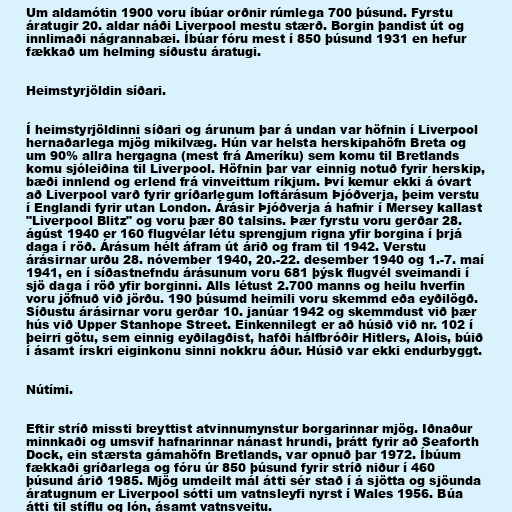
Um aldamótin 1900 voru íbúar orðnir rúmlega 700 þúsund. Fyrstu
áratugir 20. aldar náði Liverpool mestu stærð. Borgin þandist út og
innlimaði nágrannabæi. Íbúar fóru mest í 850 þúsund 1931 en hefur
fækkað um helming síðustu áratugi.

Heimstyrjöldin síðari.

Í heimstyrjöldinni síðari og árunum þar á undan var höfnin í Liverpool
hernaðarlega mjög mikilvæg. Hún var helsta herskipahöfn Breta og
um 90% allra hergagna (mest frá Ameríku) sem komu til Bretlands
komu sjóleiðina til Liverpool. Höfnin þar var einnig notuð fyrir herskip,
bæði innlend og erlend frá vinveittum ríkjum. Því kemur ekki á óvart
að Liverpool varð fyrir gríðarlegum loftárásum Þjóðverja, þeim verstu
í Englandi fyrir utan London. Árásir Þjóðverja á hafnir í Mersey kallast
"Liverpool Blitz" og voru þær 80 talsins. Þær fyrstu voru gerðar 28.
ágúst 1940 er 160 flugvélar létu sprengjum rigna yfir borgina í þrjá
daga í röð. Árásum hélt áfram út árið og fram til 1942. Verstu
árásirnar urðu 28. nóvember 1940, 20.-22. desember 1940 og 1.-7. maí
1941, en í síðastnefndu árásunum voru 681 þýsk flugvél sveimandi í
sjö daga í röð yfir borginni. Alls létust 2.700 manns og heilu hverfin
voru jöfnuð við jörðu. 190 þúsumd heimili voru skemmd eða eyðilögð.
Síðustu árásirnar voru gerðar 10. janúar 1942 og skemmdust við þær
hús við Upper Stanhope Street. Einkennilegt er að húsið við nr. 102 í
þeirri götu, sem einnig eyðilagðist, hafði hálfbróðir Hitlers, Alois, búið
í ásamt írskri eiginkonu sinni nokkru áður. Húsið var ekki endurbyggt.

Nútími.

Eftir stríð missti breyttist atvinnumynstur borgarinnar mjög. Iðnaður
minnkaði og umsvif hafnarinnar nánast hrundi, þrátt fyrir að Seaforth
Dock, ein stærsta gámahöfn Bretlands, var opnuð þar 1972. Íbúum
fækkaði gríðarlega og fóru úr 850 þúsund fyrir stríð niður í 460
þúsund árið 1985. Mjög umdeilt mál átti sér stað í á sjötta og sjöunda
áratugnum er Liverpool sótti um vatnsleyfi nyrst í Wales 1956. Búa
átti til stíflu og lón, ásamt vatnsveitu.